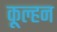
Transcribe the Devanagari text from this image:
कूल्हन